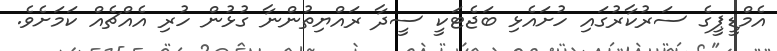
އެމްޑީޕީގެ ސަރުކާރުގައި ހުށައެޅި ބަޖެޓަކީ ސީދާ ރައްޔިތުންނާ ގުޅުން ހުރި އެއްޗެއް ކަމަށެވެ.